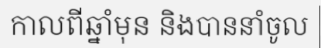
កាលពីឆ្នាំមុន និងបាននាំចូល